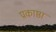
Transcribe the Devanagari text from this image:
प्रकाष्ठा